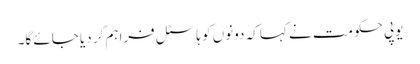
یوپی حکومت نے کہا کہ دونوں کو ہاسٹل فراہم کر دیا جائے گا۔